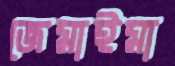
জেমাইমা